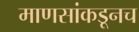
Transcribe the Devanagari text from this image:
माणसांकडूनच